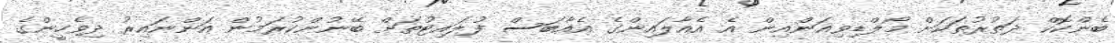
ބެންކޮކް ދަތުރުތަކަށް މޯލްޑިވިއަންއިން އެ އެއާލައިންގެ އެއާބަސް ފުލައިޓުތަށް ބޭނުންކުރަމުން އަންނައިރު ދިވެހީންގެ